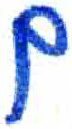
אות: ם